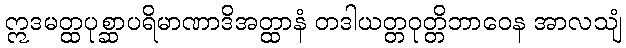
ဣဒမတ္ထပုစ္ဆာပရိမာဏာဒိအတ္ထာနံ တဒါယတ္တဝုတ္တိဘာဝေန အာလသျံ